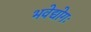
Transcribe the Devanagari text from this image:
भवेद्योगः